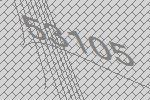
53105